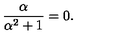
\frac { \alpha } { \alpha ^ { 2 } + 1 } = 0 .